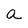
Character: a